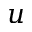
u